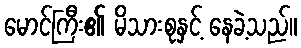
မောင်ကြီး၏ မိသားစုနှင့် နေခဲ့သည်။